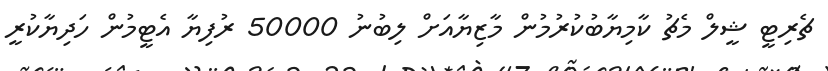
ޗެރިޓީ ޝީލް މެޗު ކާމިޔާބުކުރުމުން މާޒިޔާއަށް ލިބުނު 50000 ރުފިޔާ އެޓީމުން ހަދިޔާކުރީ